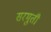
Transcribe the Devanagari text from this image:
सरमुती